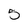
Character: 5